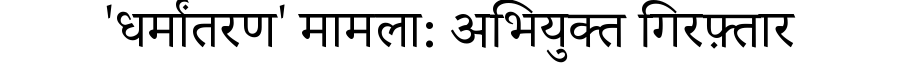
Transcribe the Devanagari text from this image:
'धर्मांतरण' मामला: अभियुक्त गिरफ़्तार